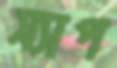
স্যাপ